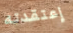
إعتقدته